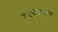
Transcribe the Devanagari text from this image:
राइबोज़ाइम